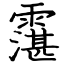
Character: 霮